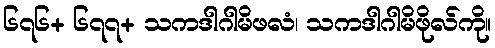
၆၇၆+ ၆၇၇+ သကဒါဂါမိဖလံ၊ သကဒါဂါမိဖိုလ်ကို။